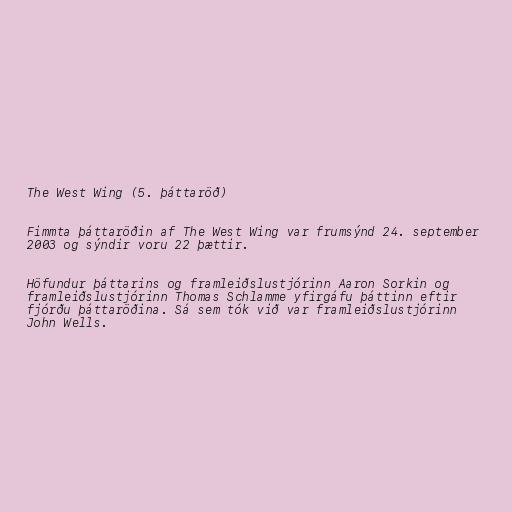
The West Wing (5. þáttaröð)

Fimmta þáttaröðin af The West Wing var frumsýnd 24. september
2003 og sýndir voru 22 þættir.

Höfundur þáttarins og framleiðslustjórinn Aaron Sorkin og
framleiðslustjórinn Thomas Schlamme yfirgáfu þáttinn eftir
fjórðu þáttaröðina. Sá sem tók við var framleiðslustjórinn
John Wells.